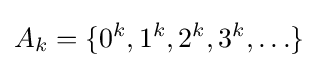
A_{k}=\{0^{k},1^{k},2^{k},3^{k},\ldots \}